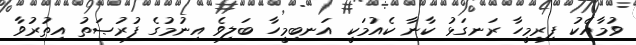
ވުމާއެކު ފިރިމީހާ ރަނގަޅު ކާނާ ކެއުމަކީ އަނބިމީހާ ބަލިވެ އިނުމުގެ ފުރުޞަތު އިތުރުވާ